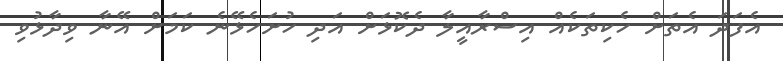
އެފަދަ އެތަށް ހެކިތަކެއް އިސްރާއީލާ ދެކޮޅަށް އަދި ހުށަހެޅޭނެ ކަމަށް އޭނާ ވިދާޅުވި